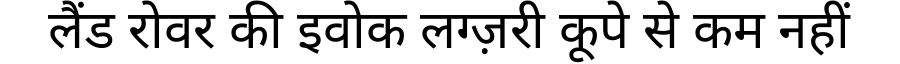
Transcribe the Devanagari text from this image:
लैंड रोवर की इवोक लग्ज़री कूपे से कम नहीं